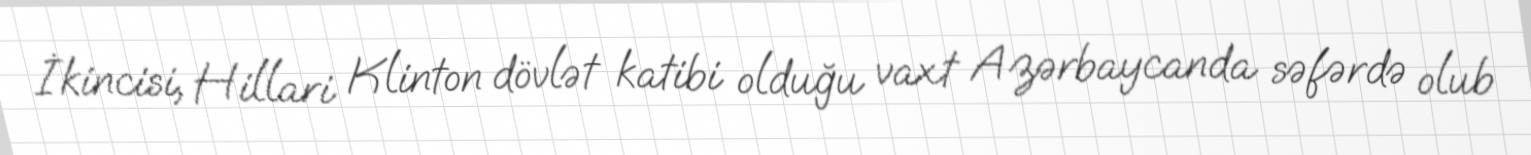
İkincisi, Hillari Klinton dövlət katibi olduğu vaxt Azərbaycanda səfərdə olub